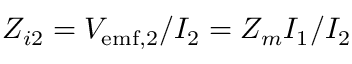
Z _ { i 2 } = V _ { \mathrm { e m f , 2 } } / I _ { 2 } = Z _ { m } I _ { 1 } / I _ { 2 }